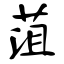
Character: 菹